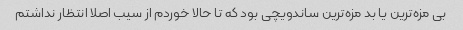
بی مزه‌ترین یا بد مزه‌ترین ساندویچی بود که تا حالا خوردم از سیب اصلا انتظار نداشتم